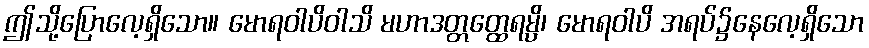
ဤသို့ပြောလေ့ရှိသော။ မောရဝါပိဝါသိ မဟာဒတ္တတ္ထေရမ္ပိ၊ မောရဝါပိ အရပ်၌နေလေ့ရှိသော